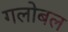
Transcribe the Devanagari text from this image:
गलोबल